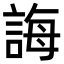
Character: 誨